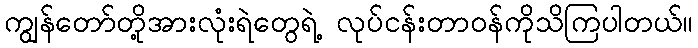
ကျွန်တော်တို့အားလုံးရဲတွေရဲ့ လုပ်ငန်းတာဝန်ကိုသိကြပါတယ်။